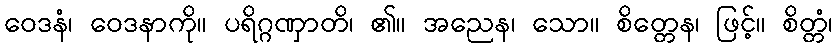
ဝေဒနံ၊ ဝေဒနာကို။ ပရိဂ္ဂဏှာတိ၊ ၏။ အညေန၊ သော။ စိတ္တေန၊ ဖြင့်။ စိတ္တံ၊